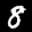
Label: 8